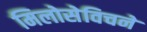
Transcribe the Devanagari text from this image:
मिलोसेविचने